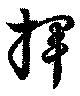
揮